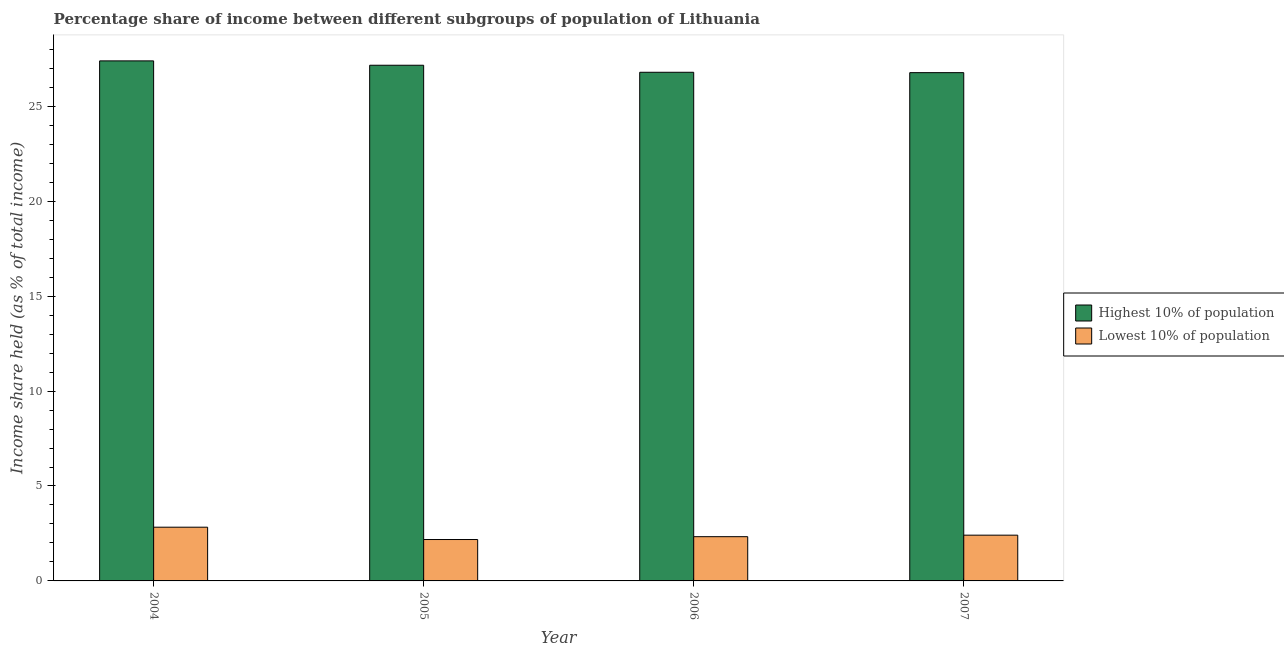
| Year | Highest 10% of population | Lowest 10% of population |
 | --- | --- | --- |
 | 2004 | 27.4 | 2.83 |
 | 2005 | 27.2 | 2.18 |
 | 2006 | 26.8 | 2.33 |
 | 2007 | 26.8 | 2.41 |